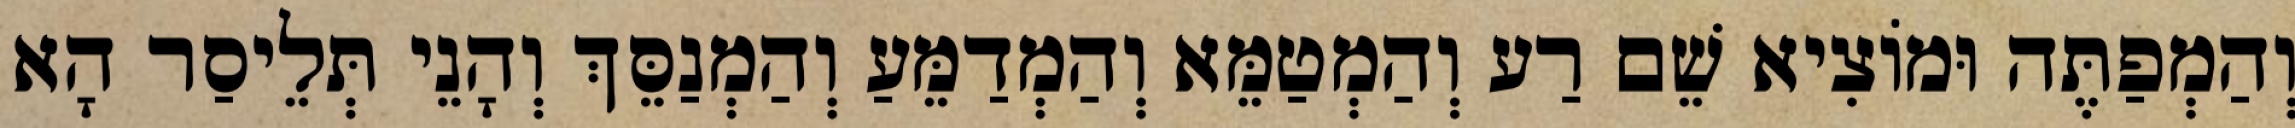
וְהַמְפַתֶּה וּמוֹצִיא שֵׁם רַע וְהַמְטַמֵּא וְהַמְדַמֵּעַ וְהַמְנַסֵּךְ וְהָנֵי תְּלֵיסַר הָא